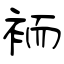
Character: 袻